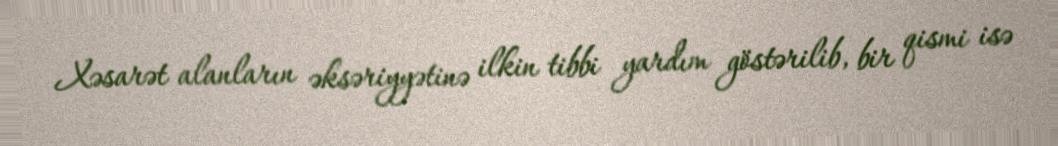
Xəsarət alanların əksəriyyətinə ilkin tibbi yardım göstərilib, bir qismi isə